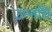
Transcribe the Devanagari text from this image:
उन्‍नति